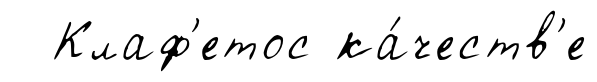
Клаф'етос ка́честв'е